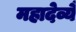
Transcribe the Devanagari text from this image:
महादेव्यै